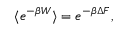
\langle e ^ { - \beta W } \rangle = e ^ { - \beta \Delta F } ,